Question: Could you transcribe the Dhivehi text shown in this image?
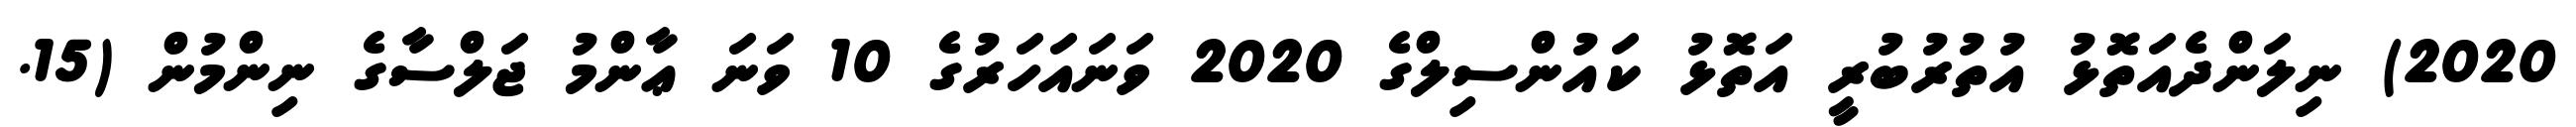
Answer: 2020) ނިލަންދެއަތޮޅު އުތުރުބުރީ އަތޮޅު ކައުންސިލްގެ 2020 ވަނައަހަރުގެ 10 ވަނަ ޢާންމު ޖަލްސާގެ ނިންމުން (15.